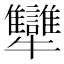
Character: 犫